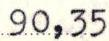
90,35